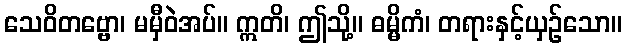
သေဝိတဗ္ဗော၊ မမှီဝဲအပ်။ ဣတိ၊ ဤသို့။ ဓမ္မိကံ၊ တရားနှင့်ယှဉ်သော။